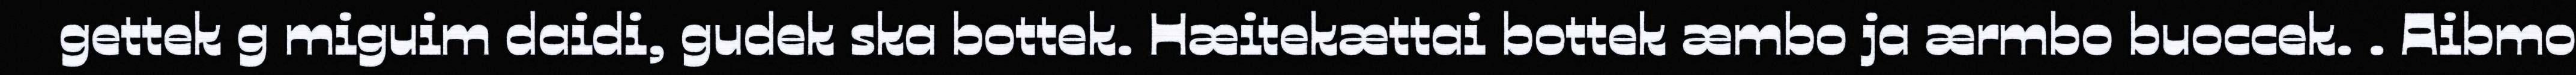
gettek g miguim daidi, gudek ska bottek. Hæitekættai bottek æmbo ja ærmbo buoccek. . Aibmo